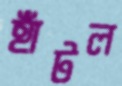
হাঁটল